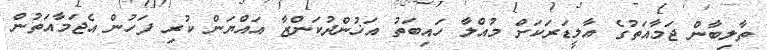
ތާލިބާން ޖަމާއަތުގެ އާލީޑަރަކަށް މުއްލާ ހައިބަތު އަޚުންދުކަންޒާ އައްޔަން ކުރި ފަހުން އެޖަމާއަތުން